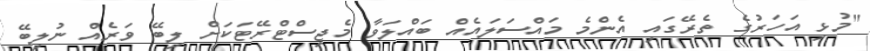
"މުޅި އަހަރުގެ ތެރޭގައި އެންމެ މައްސަލައެއް ބައްލަވާ މެޖިސްޓްރޭޓަކަށް ލިބޭ ވަރެއް ނުލިބޭ